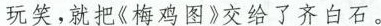
玩笑,就把《梅鸡图》交给了齐白石。